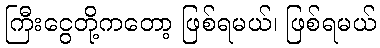
ကြီးငွေတို့ကတော့ ဖြစ်ရမယ်၊ ဖြစ်ရမယ်